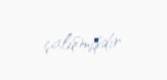
çalışmışdır.